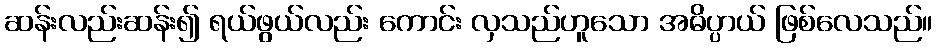
ဆန်းလည်းဆန်း၍ ရယ်ဖွယ်လည်း ကောင်း လှသည်ဟူသော အဓိပ္ပာယ် ဖြစ်လေသည်။